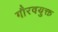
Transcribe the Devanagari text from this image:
गौरवयुक्त